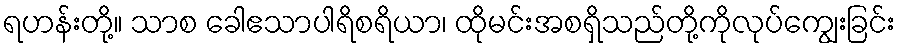
ရဟန်းတို့။ သာစ ခေါဧသာပါရိစရိယာ၊ ထိုမင်းအစရှိသည်တို့ကိုလုပ်ကျွေးခြင်း